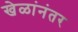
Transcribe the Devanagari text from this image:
खेळांनंतर